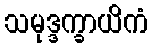
သမုဒ္ဒက္ခာယိကံ